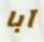
آبا